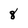
Character: 8